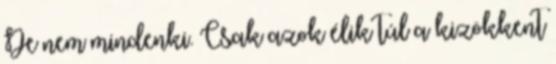
De nem mindenki. Csak azok élik túl a kizökkent